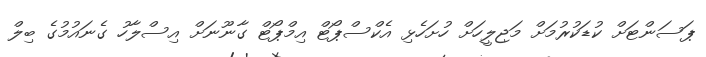
ޕަސަންޓަށް ކުޑަކުރުމަށް މަޖިލީހަށް ހުށަހެޅި އެކްސްޕޯޓް އިމްޕޯޓް ގާނޫނަށް އިސްލާހު ގެނައުމުގެ ބިލް